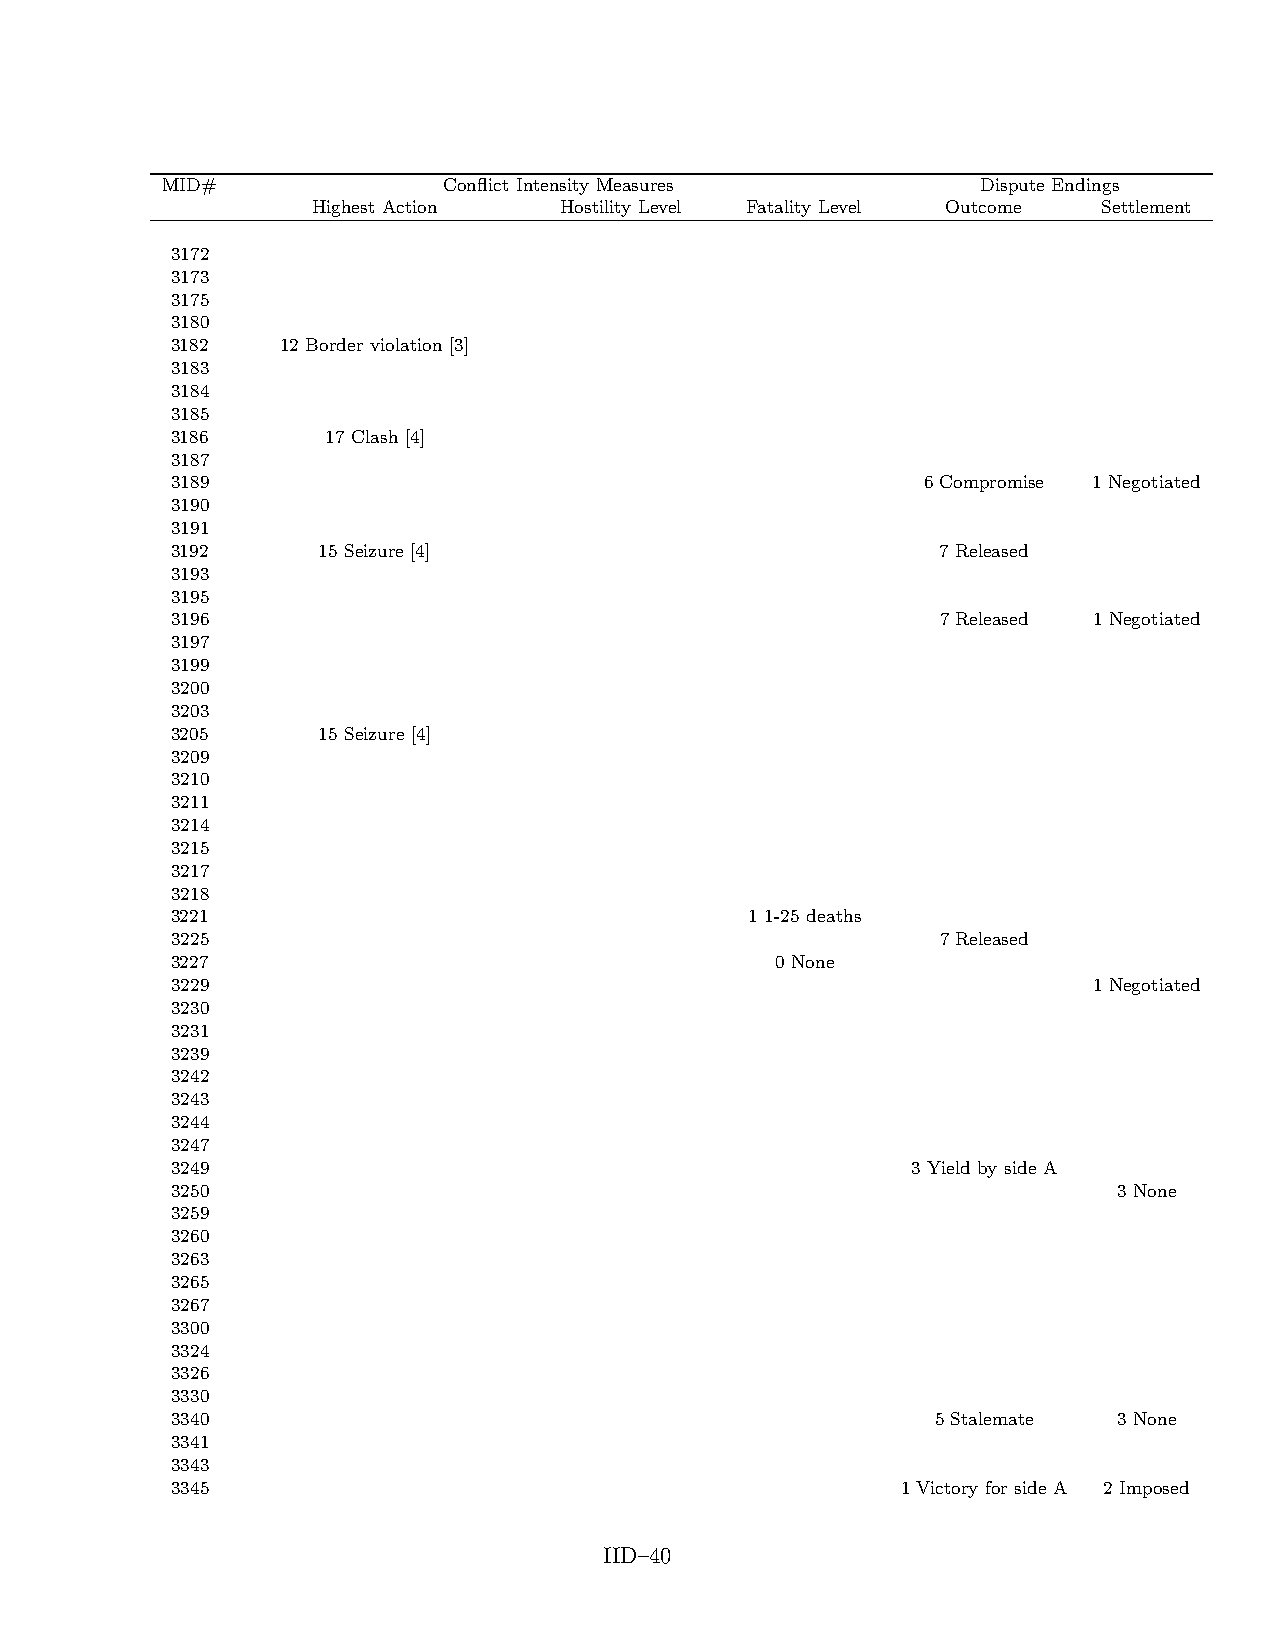
MID#              Conflict Intensity Measures         Dispute Endings
 Highest Action  Hostility Level Fatality Level Outcome Settlement
 3172
 3173
 3175
 3180
 3182    12 Border violation [3]
 3183
 3184
 3185
 3186       17 Clash [4]
 3187
 3189                                              6 Compromise 1 Negotiated
 3190
 3191
 3192      15 Seizure [4]                           7 Released
 3193
 3195
 3196                                               7 Released 1 Negotiated
 3197
 3199
 3200
 3203
 3205      15 Seizure [4]
 3209
 3210
 3211
 3214
 3215
 3217
 3218
 3221                                   1 1-25 deaths
 3225                                               7 Released
 3227                                    0 None
 3229                                                         1 Negotiated
 3230
 3231
 3239
 3242
 3243
 3244
 3247
 3249                                             3 Yield by side A
 3250                                                           3 None
 3259
 3260
 3263
 3265
 3267
 3300
 3324
 3326
 3330
 3340                                               5 Stalemate 3 None
 3341
 3343
 3345                                             1 Victory for side A 2 Imposed
 IID–40